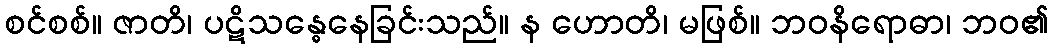
စင်စစ်။ ဇာတိ၊ ပဋိသန္ဓေနေခြင်းသည်။ န ဟောတိ၊ မဖြစ်။ ဘဝနိရောဓာ၊ ဘဝ၏